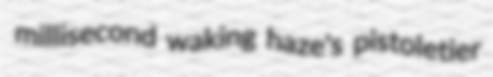
millisecond waking haze's pistoletier